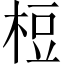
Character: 梪